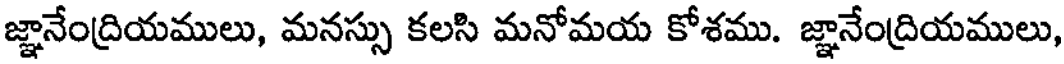
జ్ఞానేంద్రియములు, మనస్సు కలసి మనోమయ కోశము. జ్ఞానేంద్రియములు,